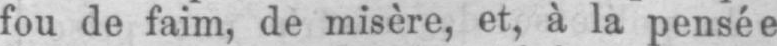
fou de faim, de misère, et, à la pensée